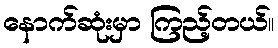
နောက်ဆုံးမှာ ကြည့်တယ်။